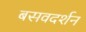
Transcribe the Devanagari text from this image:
बसवदर्शन